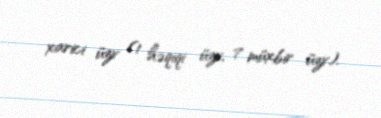
xarici üzv (1 həqiqi üzv, 7 müxbir üzv).